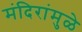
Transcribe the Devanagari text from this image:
मंदिरांमुळे